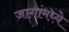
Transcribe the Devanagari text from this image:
जागांमध्ये